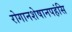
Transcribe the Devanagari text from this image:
रोगानशेषानपहंसि